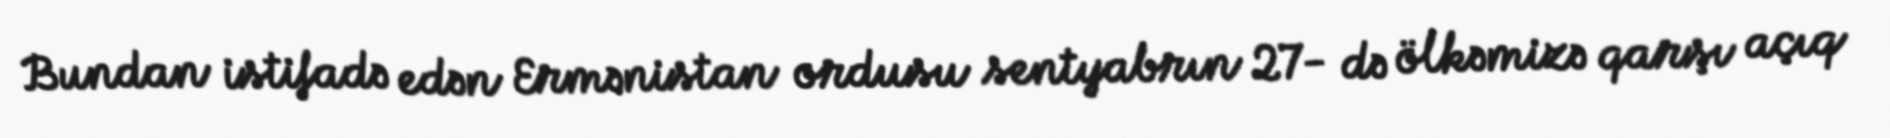
Bundan istifadə edən Ermənistan ordusu sentyabrın 27- də ölkəmizə qarşı açıq